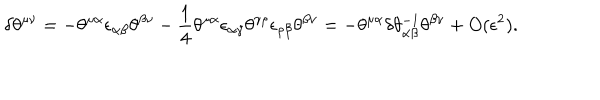
LaTeX: \delta \theta ^ { \mu \nu } = - \theta ^ { \mu \alpha } \epsilon _ { \alpha \beta } \theta ^ { \beta \nu } - \frac { 1 } { 4 } \theta ^ { \mu \alpha } \epsilon _ { \alpha \gamma } \theta ^ { \gamma \rho } \epsilon _ { \rho \beta } \theta ^ { \beta \nu } = - \theta ^ { \mu \alpha } \delta \theta _ { \alpha \beta } ^ { - 1 } \theta ^ { \beta \nu } + O ( \epsilon ^ { 2 } ) .